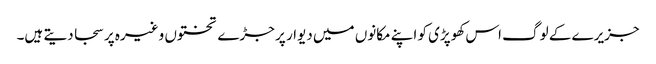
جزیرے کے لوگ اس کھوپڑی کو اپنے مکانوں میں دیوار پر جڑے تختوں وغیرہ پر سجا دیتے ہیں۔